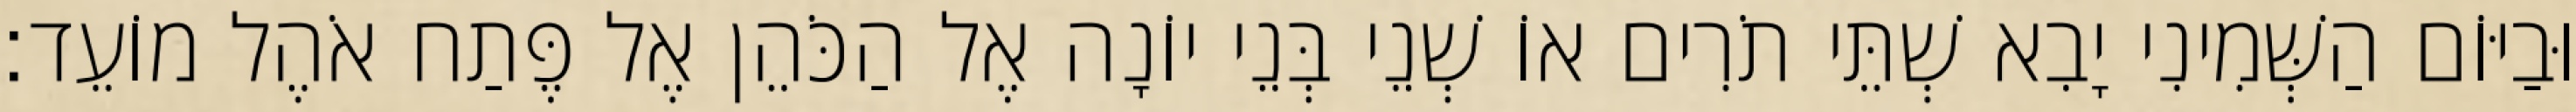
וּבַיּוֹם הַשְּׁמִינִי יָבִא שְׁתֵּי תֹרִים אוֹ שְׁנֵי בְּנֵי יוֹנָה אֶל הַכֹּהֵן אֶל פֶּתַח אֹהֶל מוֹעֵד׃